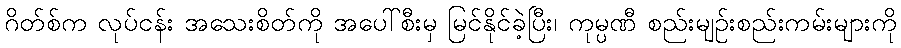
ဂိတ်စ်က လုပ်ငန်း အသေးစိတ်ကို အပေါ်စီးမှ မြင်နိုင်ခဲ့ပြီး၊ ကုမ္ပဏီ စည်းမျဉ်းစည်းကမ်းများကို